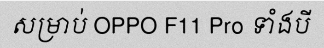
សម្រាប់ OPPO F11 Pro ទាំងបី